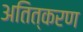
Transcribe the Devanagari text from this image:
अतित्करण